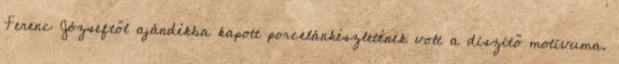
Ferenc Józseftől ajándékba kapott porcelánkészletének volt a díszítő motívuma.